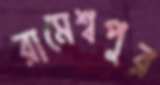
রামেশ্বপুর